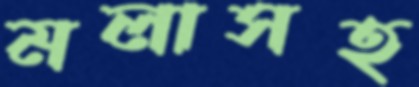
মলাসহ